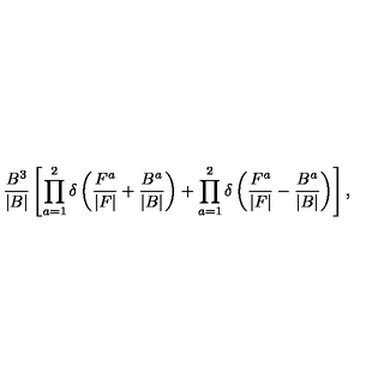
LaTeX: \frac { B ^ { 3 } } { | B | } \left[ \prod _ { a = 1 } ^ { 2 } \delta \left( \frac { F ^ { a } } { | F | } + \frac { B ^ { a } } { | B | } \right) + \prod _ { a = 1 } ^ { 2 } \delta \left( \frac { F ^ { a } } { | F | } - \frac { B ^ { a } } { | B | } \right) \right] ,